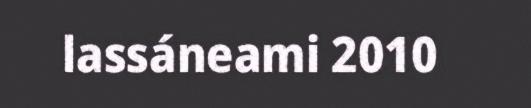
lassáneami 2010